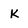
Character: K